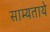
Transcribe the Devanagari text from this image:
साम्यताये